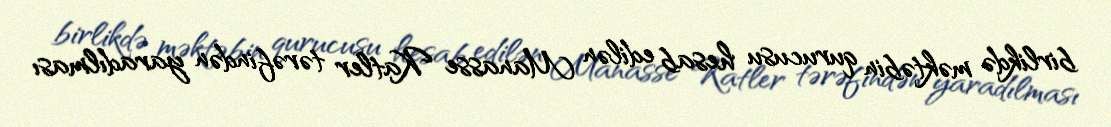
birlikdə məktəbin qurucusu hesab edilən Manasse Katler tərəfindən yaradılması